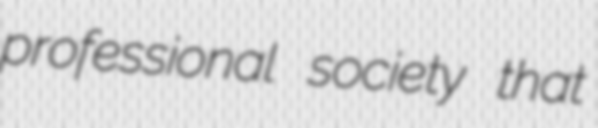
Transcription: professional society that